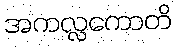
အကလ္လကောတိ